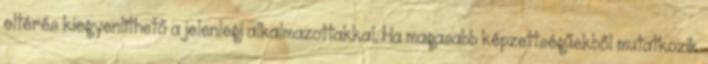
eltérés kiegyenlíthető a jelenlegi alkalmazottakkal. Ha magasabb képzettségűekből mutatkozik